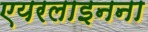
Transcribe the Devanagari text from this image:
एयरलाइनना